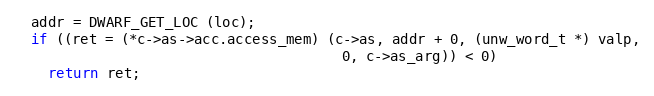
Language: C
  addr = DWARF_GET_LOC (loc);
  if ((ret = (*c->as->acc.access_mem) (c->as, addr + 0, (unw_word_t *) valp,
                                       0, c->as_arg)) < 0)
    return ret;